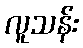
လူသန်း